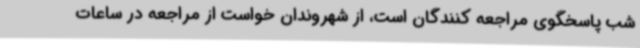
شب پاسخگوی مراجعه کنندگان است، از شهروندان خواست از مراجعه در ساعات